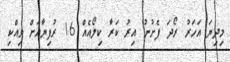
މިދިޔަ އަހަރު ރޯދަ ފެށުނު އިރު ކަރާ ކިލޯއެއް 16 ރުފިޔާއަށް ވިއްކި